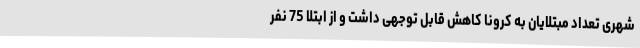
شهری تعداد مبتلایان به کرونا کاهش قابل‌ توجهی داشت و از ابتلا 75 نفر